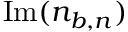
\mathrm { I m } ( n _ { b , n } )